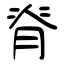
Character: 脊